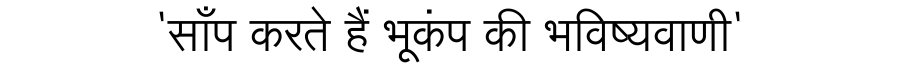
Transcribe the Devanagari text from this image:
'साँप करते हैं भूकंप की भविष्यवाणी'